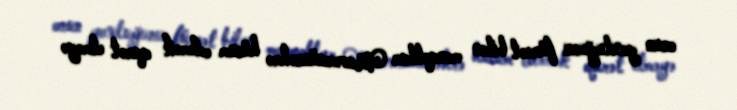
onun yoxluğunu fürsət bilən monqollar Mavəraünnəhrə hücum edərək qarət etməyə